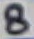
Text: 8